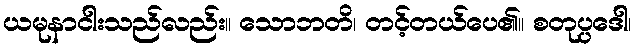
ယမုနာငါးသည်လည်း။ သောဘတိ၊ တင့်တယ်ပေ၏။ စတုပ္ပဒေါ၊